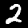
Digit: 2